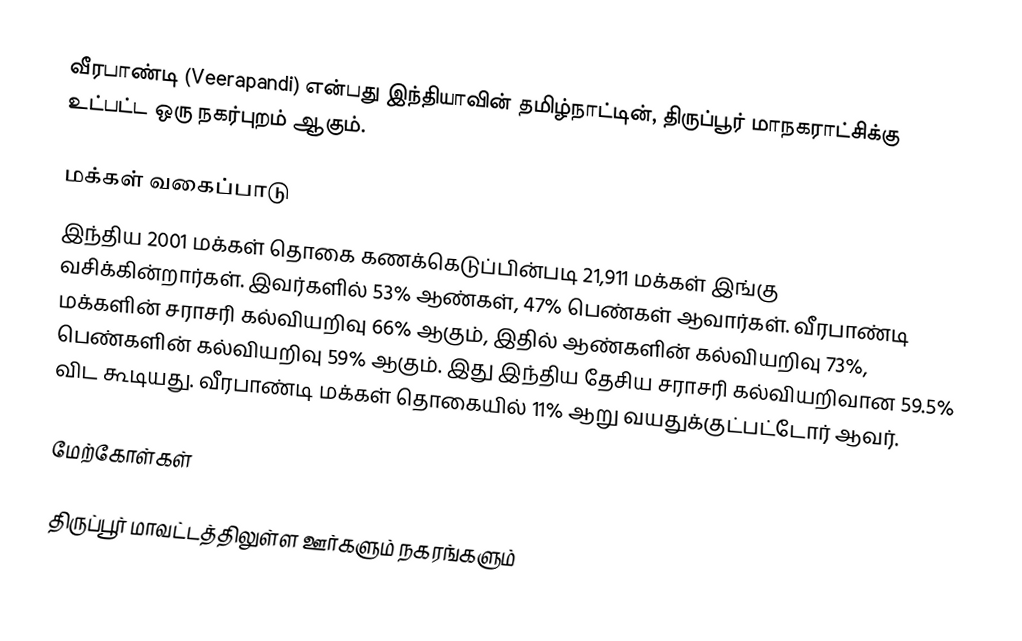
வீரபாண்டி (Veerapandi)  என்பது இந்தியாவின் தமிழ்நாட்டின், திருப்பூர் மாநகராட்சிக்கு உட்பட்ட ஒரு நகர்புறம் ஆகும்.

மக்கள் வகைப்பாடு
இந்திய 2001 மக்கள் தொகை கணக்கெடுப்பின்படி 21,911 மக்கள் இங்கு வசிக்கின்றார்கள். இவர்களில் 53% ஆண்கள், 47% பெண்கள் ஆவார்கள். வீரபாண்டி மக்களின் சராசரி கல்வியறிவு 66% ஆகும்,  இதில் ஆண்களின் கல்வியறிவு 73%,  பெண்களின் கல்வியறிவு 59% ஆகும். இது இந்திய தேசிய சராசரி கல்வியறிவான 59.5% விட கூடியது. வீரபாண்டி மக்கள் தொகையில் 11% ஆறு வயதுக்குட்பட்டோர் ஆவர்.

மேற்கோள்கள்

திருப்பூர் மாவட்டத்திலுள்ள ஊர்களும் நகரங்களும்